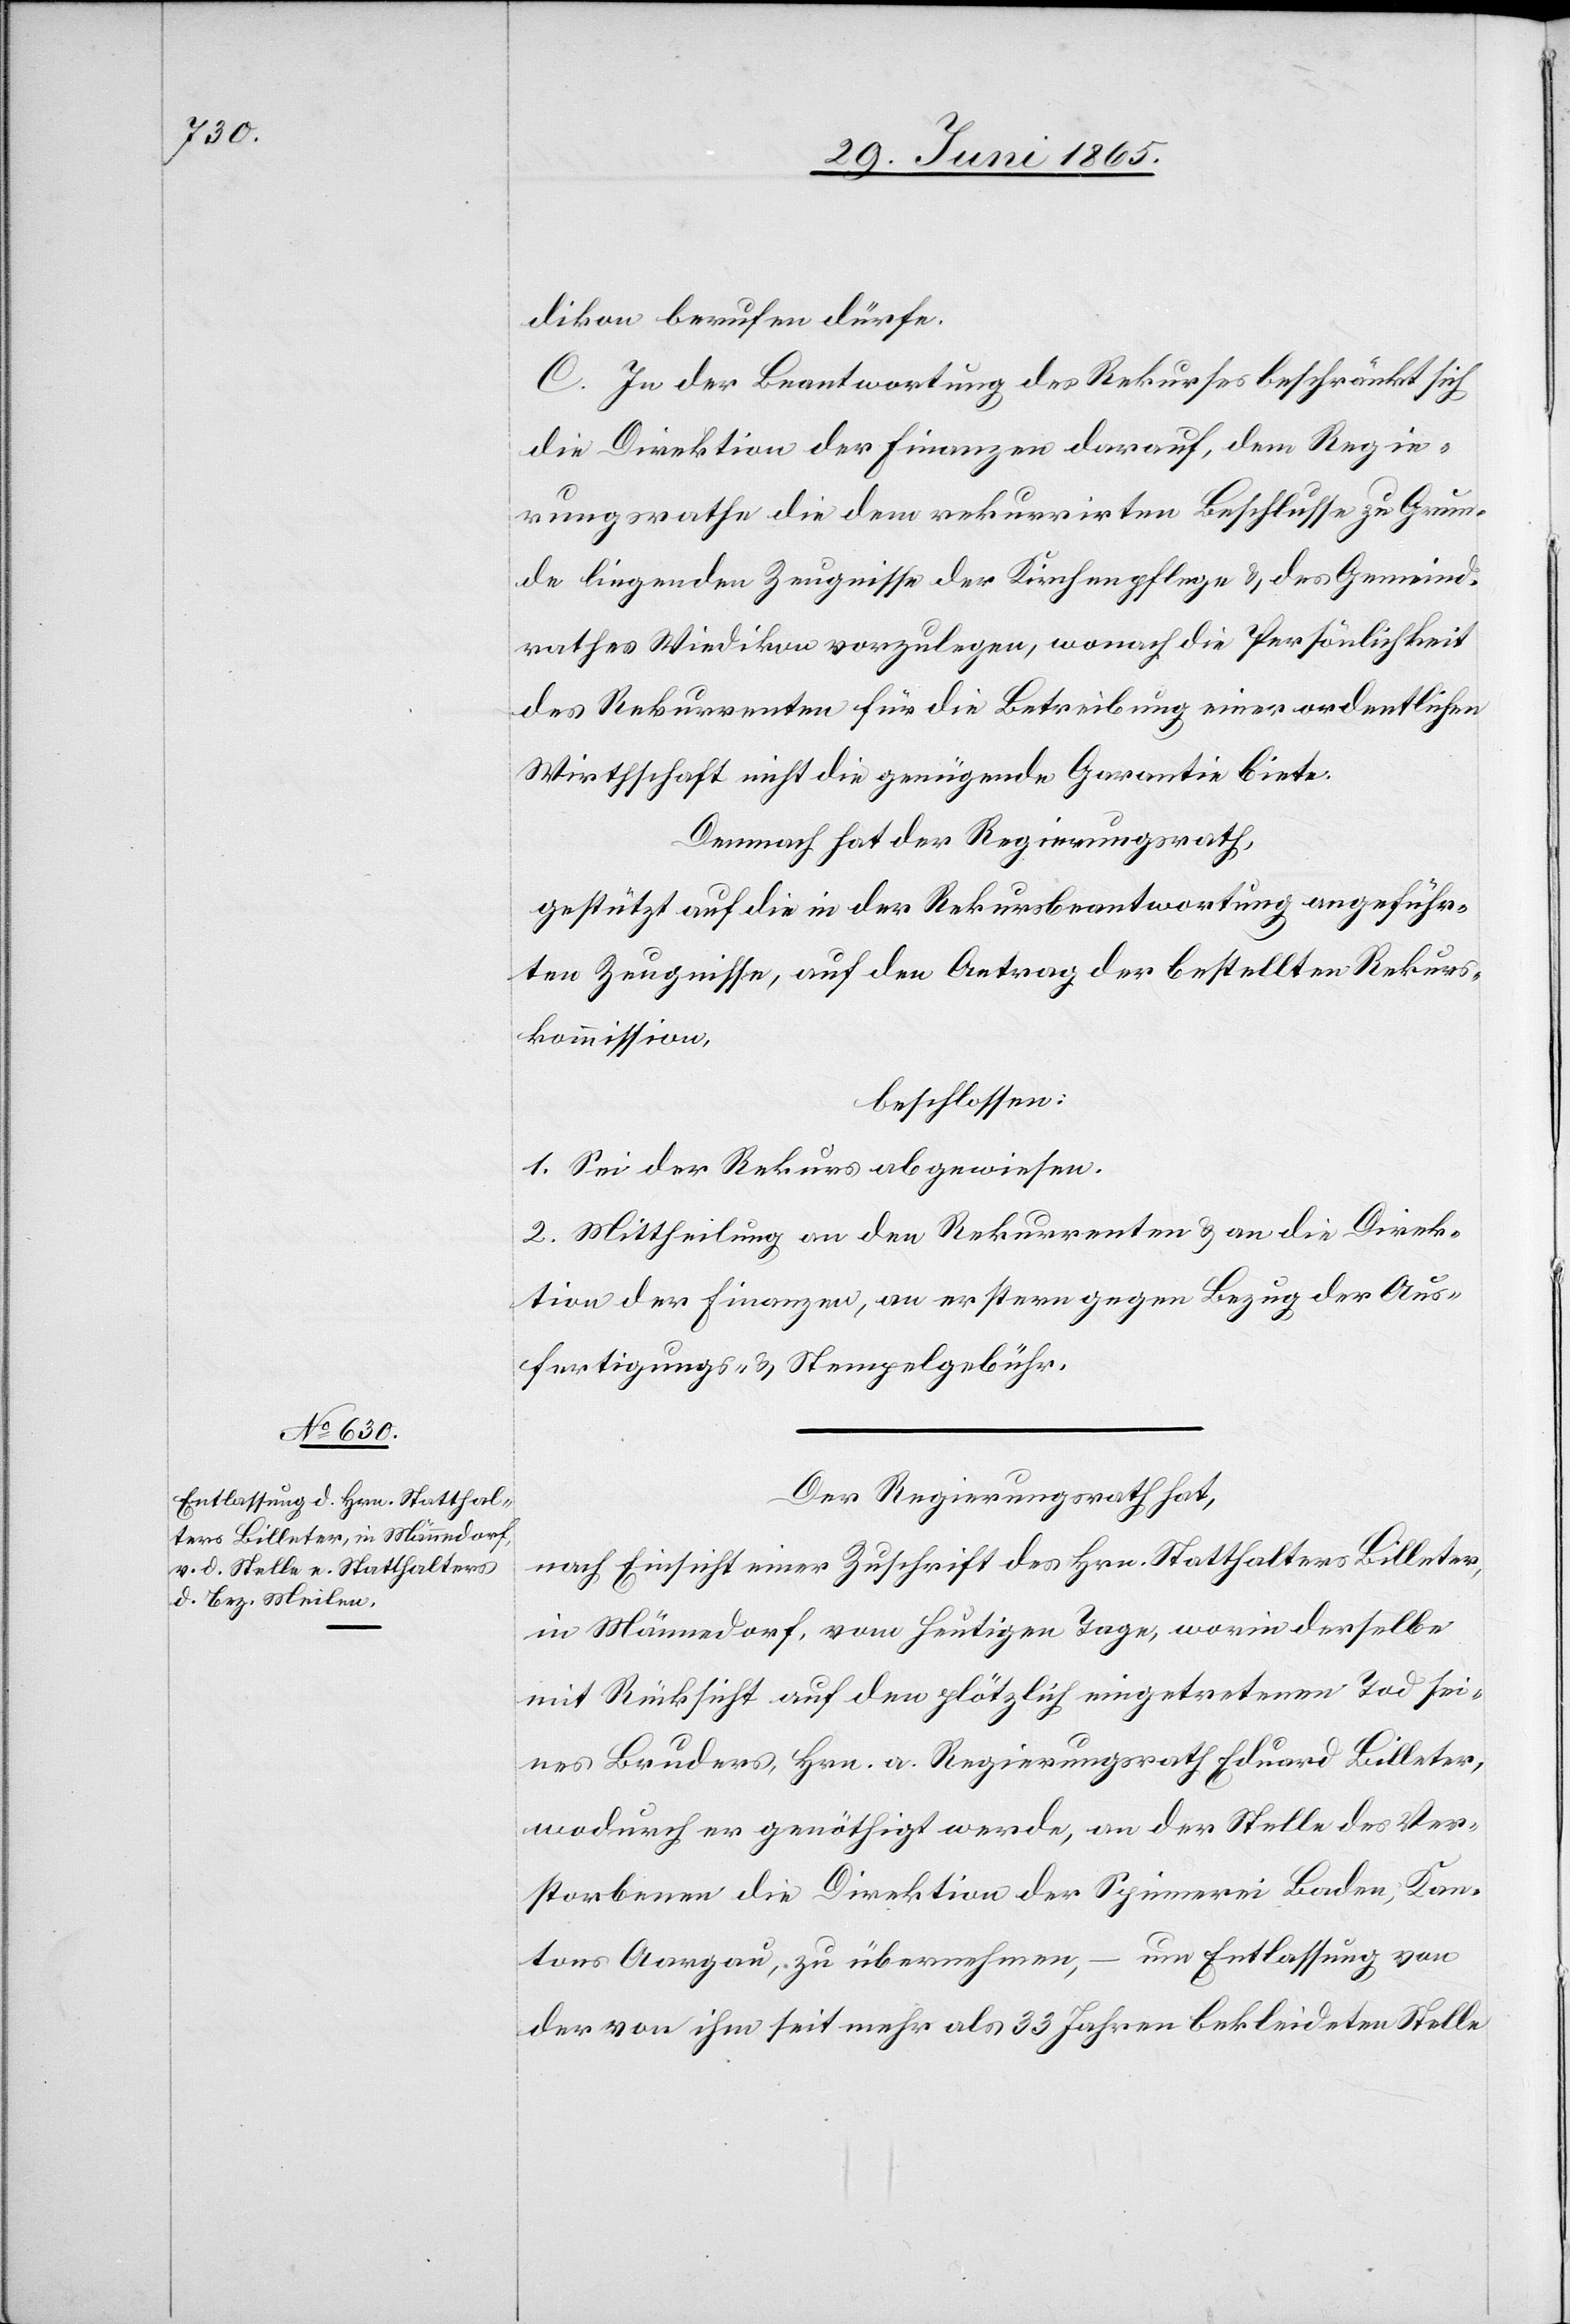
dikon berufen dürfe.
C. In der Beantwortung des Rekurses beschränkt sich
die Direktion der Finanzen darauf, de Regie¬
rungsrathe die dem rekurrirten Beschlusse zu Grun¬
de liegenden Zeugnisse der Kirchenpflege & des Gemeind¬
rathes Wiedikon vorzulegen, wonach die Persönlichkeit
des Rekurrenten für die Betreibung einer ordentlichen
Wirthschaft nicht die genügende Garantie biete.
Demnach hat der Regierungsrath,
gestützt auf die in der Rekursbeantwortung angeführ¬
ten Zeugnisse, auf den Antrag der bestellten Rekurs¬
kommission,
beschlossen:
1. Sei der Rekurs abgewiesen.
2. Mittheilung an den Rekurrent & an die Direk¬
tion der Finanzen, an erstern gegen Bezug der Aus¬
fertigungs- & Stempelgebühr.
Der Regierungsrath hat,
nach Einsicht einer Zuschrift des Hrn. Statthalters Billeter,
in Männedorf, vom heutigen Tage, worin derselbe
mit Rücksicht auf den plötzlich eingetretenen Tod sei¬
nes Bruders, Hrn. a. Regierungsrath Eduard Billeter,
wodurch er genöthigt werde, an der Stelle des Ver¬
storbenen die Direktion der Spinnerei Baden, Kan¬
tons Aargau, zu übernehmen, – um Entlassung von
der von ihm seit mehr als 33 Jahren bekleideten Stelle